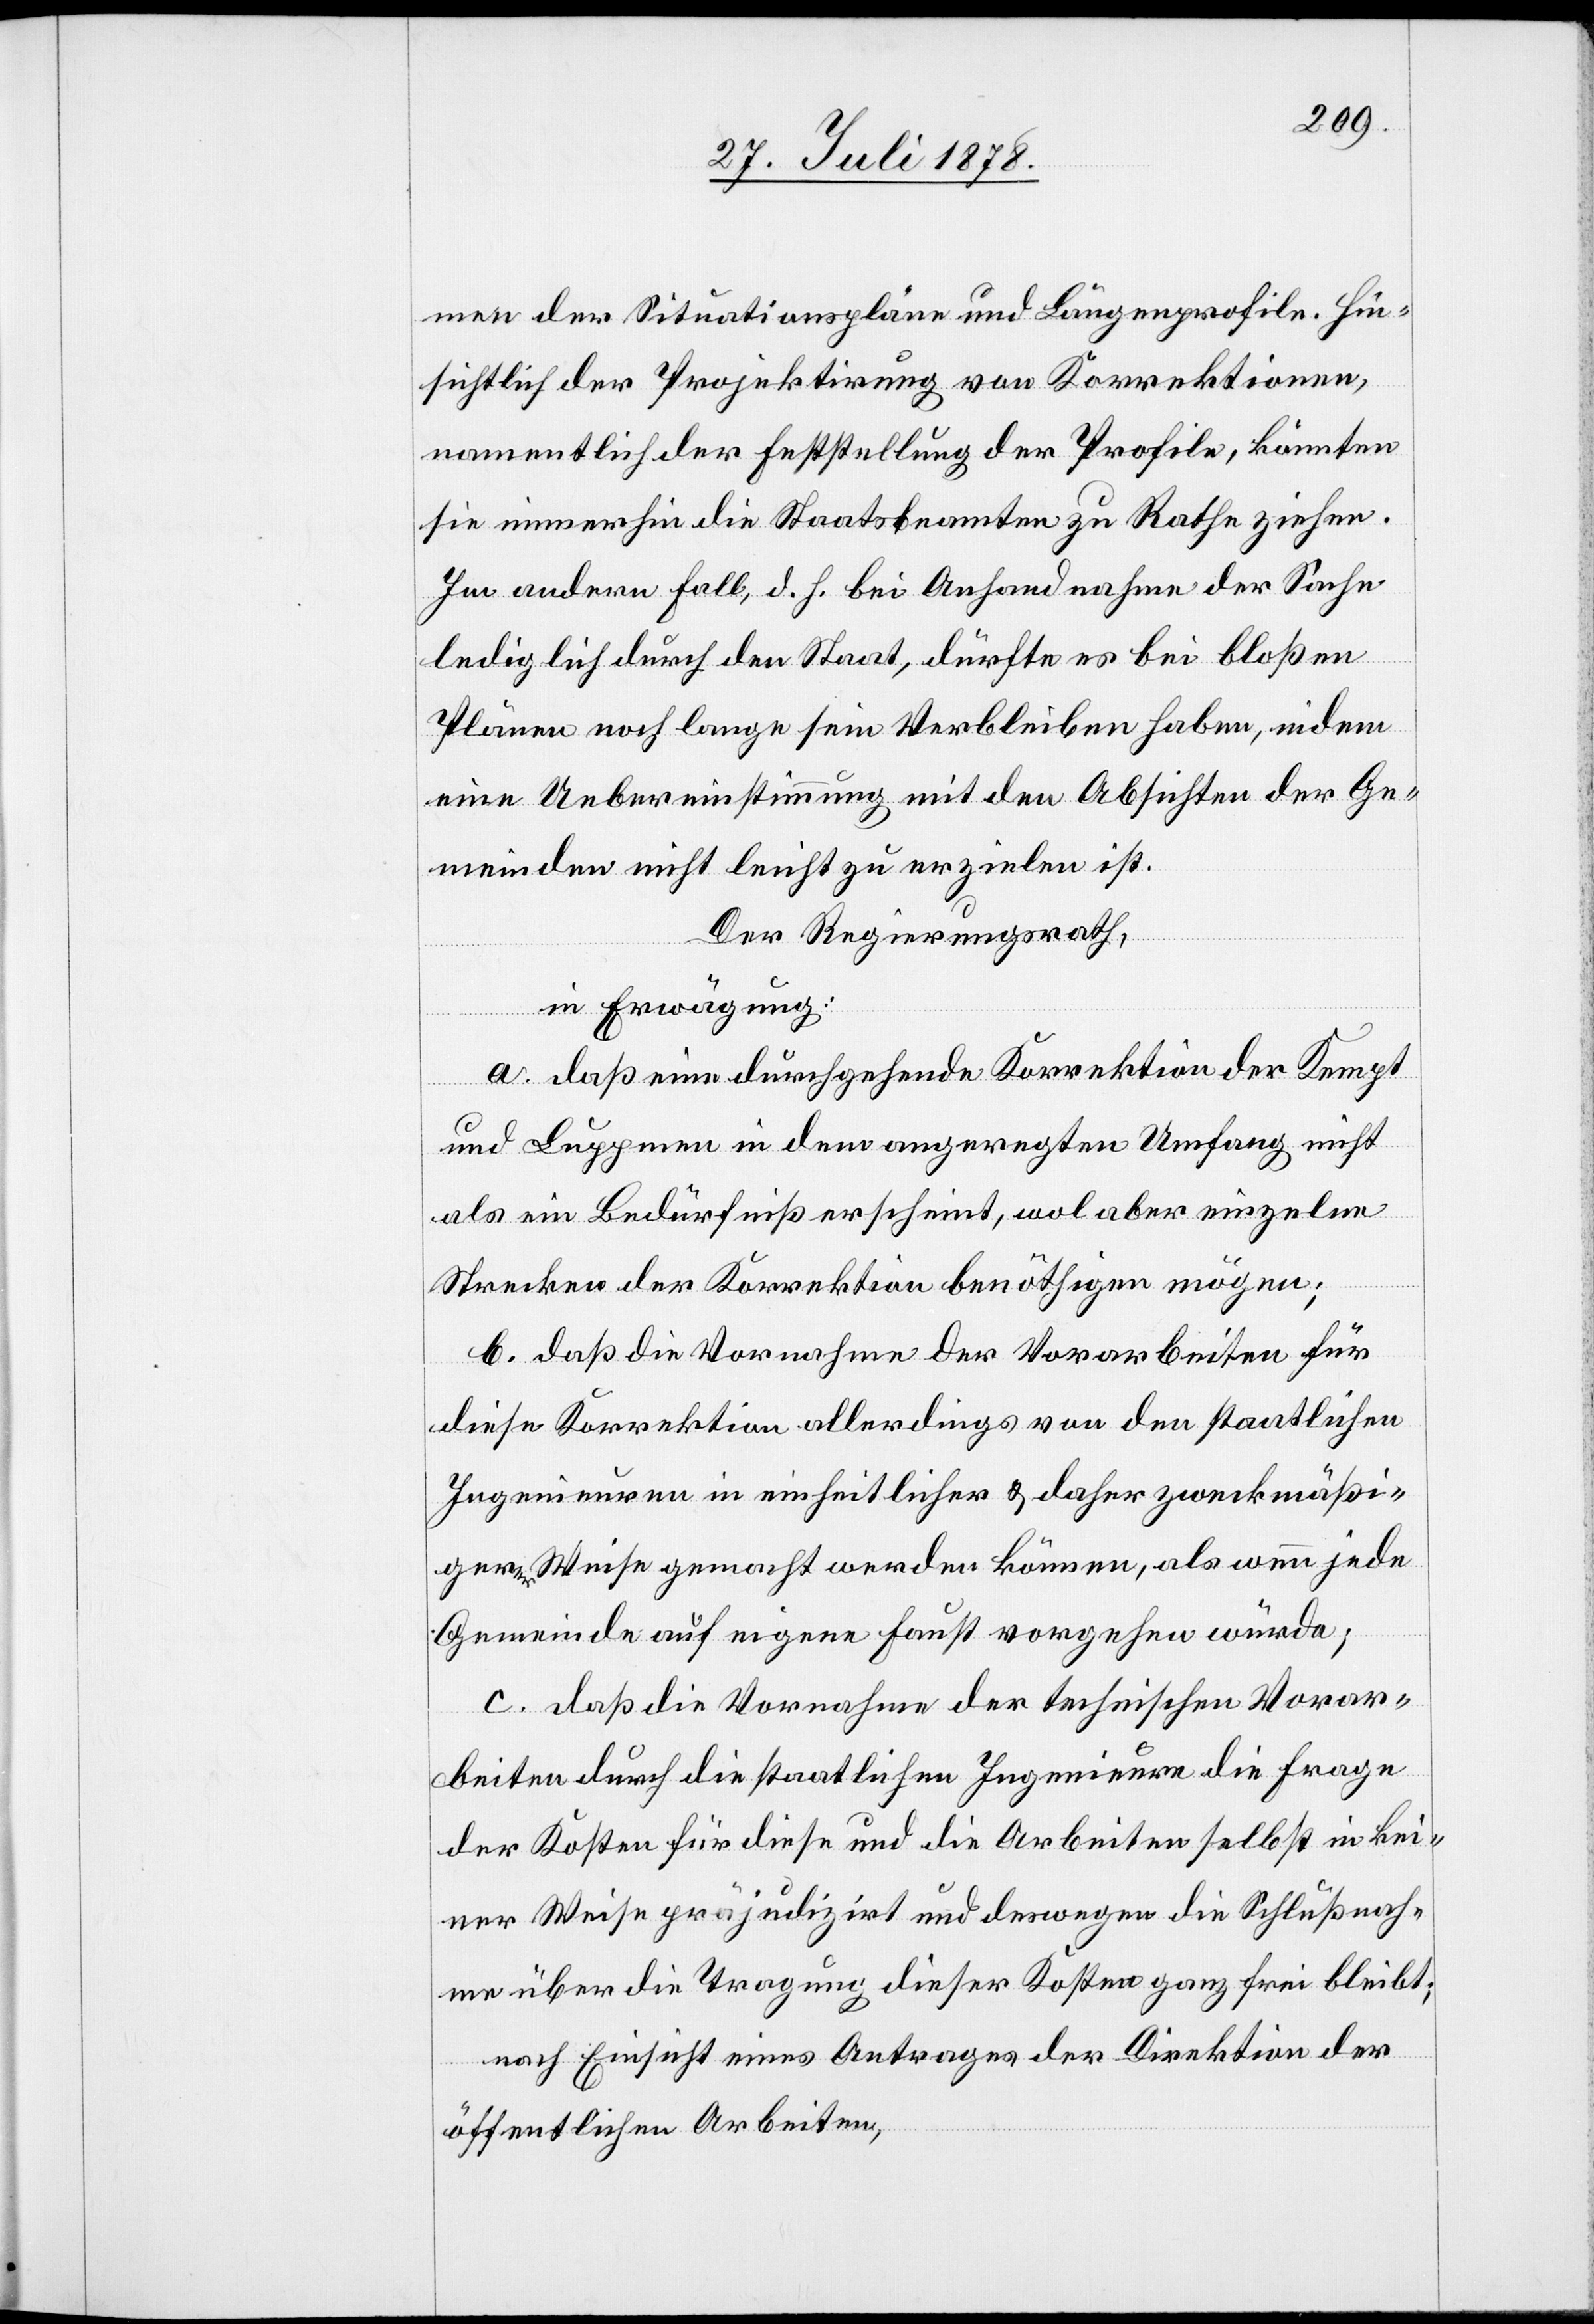
men der Situationspläne und Längenprofile. Hin¬
sichtlich der Projektirung von Korrektionen,
namentlich der Feststellung der Profile, könnten
sie immerhin die Staatsbeamten zu Rathe ziehen.
Im andern Fall, d. h. bei Anhandnahme der Sache
lediglich durch den Staat, dürfte es bei bloßen
Plänen noch lange sein Verbleiben haben, indem
eine Uebereinstimmung mit den Absichten der Ge¬
meinden nicht leicht zu erzielen ist.
Der Regierungsrath,
in Erwägung:
a. daß eine durchgehende Korrektion der Kempt
und Luppmen in dem angeregten Umfang nicht
als ein Bedürfniß erscheint, wol aber einzelne
Strecken der Korrektion benöthigen mögen;
b. daß die Vornahme der Vorarbeiten für
diese Korrektion allerdings von den staatlichen
Ingenieuren in einheitlicher & daher zweckmäßi¬
gerer Weise gemacht werden können, als wenn jede
Gemeinde auf eigene Faust vorgehen würde;
c. daß die Vornahme der technischen Vorar¬
beiten durch die staatlichen Ingenieure die Frage
der Kosten für diese und die Arbeiten selbst in kei¬
ner Weise präjudizirt und deswegen die Schlußnah¬
me über die Tragung dieser Kosten ganz frei bleibt;
nach Einsicht eines Antrages der Direktion der
öffentlichen Arbeiten,